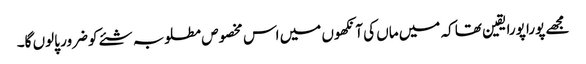
مجھے پورا پورا یقین تھا کہ میں ماں کی آنکھوں میں اس مخصوص مطلوبہ شئے کو ضرور پالوں گا۔